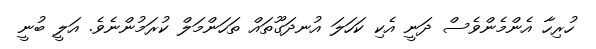
ހުރިހާ އެންމެންވެސް ދަނީ އެކި ކަހަލަ އުނދަގޫތައް ތަހަންމަލް ކުރަމުންނެވެ. އަލީ ބުނީ